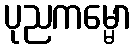
ပုညကမ္မော